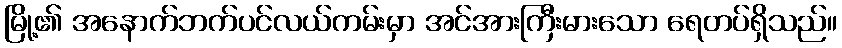
မြို့၏ အနောက်ဘက်ပင်လယ်ကမ်းမှာ အင်အားကြီးမားသော ရေတပ်ရှိသည်။